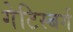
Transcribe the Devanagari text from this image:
गेटिस्बर्ग